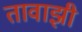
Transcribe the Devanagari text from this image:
तावाझी